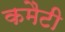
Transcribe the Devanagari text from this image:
कमैटी